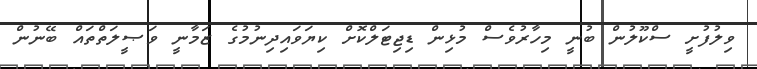
ވިލުފުށީ ސްކޫލުން ބުނީ މިހާރުވެސް މުޅިން ޑިޖިޓަލްކޮށް ކިޔަވައިދިނުމުގެ ޒަމާނީ ވަޞީލަތްތައް ބޭނުން